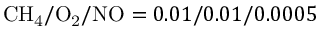
\mathrm { C H _ { 4 } } / \mathrm { O _ { 2 } } / \mathrm { N O } = 0 . 0 1 / 0 . 0 1 / 0 . 0 0 0 5